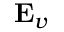
\mathbf { E } _ { v }